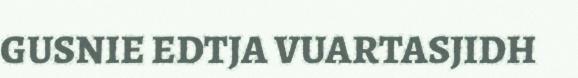
GUSNIE EDTJA VUARTASJIDH